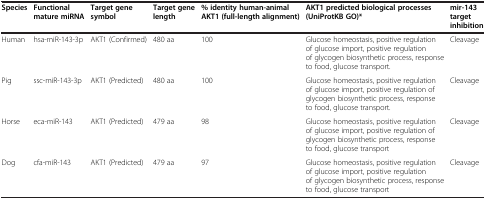
<table><thead><tr><td><b>Species</b></td><td><b>Functional mature miRNA</b></td><td><b>Target gene symbol</b></td><td><b>Target gene length</b></td><td><b>% identity human-animal AKT1 (full-length alignment)</b></td><td><b>AKT1 predicted biological processes (UniProtKB GO)*</b></td><td><b>mir-143 target inhibition</b></td></tr></thead><tbody><tr><td>Human</td><td>hsa-miR-143-3p</td><td>AKT1 (Confirmed)</td><td>480 aa</td><td>100</td><td>Glucose homeostasis, positive regulation of glucose import, positive regulation of glycogen biosynthetic process, response to food, glucose transport.</td><td>Cleavage</td></tr><tr><td>Pig</td><td>ssc-miR-143-3p</td><td>AKT1 (Predicted)</td><td>480 aa</td><td>100</td><td>Glucose homeostasis, positive regulation of glucose import, positive regulation of glycogen biosynthetic process, response to food, glucose transport.</td><td>Cleavage</td></tr><tr><td>Horse</td><td>eca-miR-143</td><td>AKT1 (Predicted)</td><td>479 aa</td><td>98</td><td>Glucose homeostasis, positive regulation of glucose import, positive regulation of glycogen biosynthetic process, response to food, glucose transport</td><td>Cleavage</td></tr><tr><td>Dog</td><td>cfa-miR-143</td><td>AKT1 (Predicted)</td><td>479 aa</td><td>97</td><td>Glucose homeostasis, positive regulation of glucose import, positive regulation of glycogen biosynthetic process, response to food, glucose transport</td><td>Cleavage</td></tr></tbody></table>